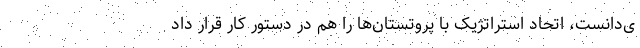
ی‌دانست، اتحاد استراتژیک با پروتستان‌ها را هم در دستور کار قرار داد